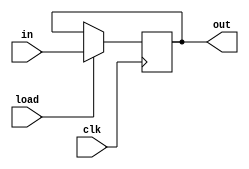
// PIPO : Parallel In Parallel Out

module PIPO #(parameter pipo_width=8)
( input clk,load,
  input [pipo_width-1:0]in,
  output [pipo_width-1:0]out);

 reg [pipo_width-1:0]out_r;

 assign out=out_r;

 always @ (posedge clk)
 begin
	if (load)
	begin
	out_r <= in; 
	end
	else
	out_r <= out_r;
 end
endmodule